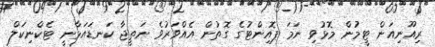
ރިއޫނިއަން ޓީމުން މޮޅުވި ނަމަ ޕޮއިންޓުގެ ގޮތުން އެއްވަރުވެ ނަތީޖާ ކަނޑައަޅާނީ ޓެކްނިކަލް